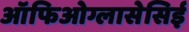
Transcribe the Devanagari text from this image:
ऑफिओग्लासेसिई